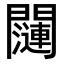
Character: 𬮖